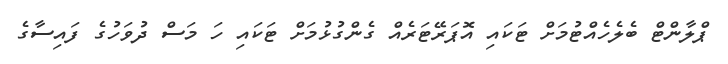
ޕްލާންޓް ބެލެހެއްޓުމަށް ޓަކައި އޮޕަރޭޓަރެއް ގެންގުޅުމަށް ޓަކައި ހަ މަސް ދުވަހުގެ ފައިސާގެ